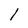
Character: 1